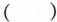
（ ）